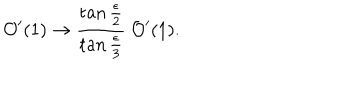
{ \cal O } ^ { \prime } ( 1 ) \to \frac { \tan \frac { \epsilon } { 2 } } { \tan \frac { \epsilon } { 3 } } ~ { \cal O } ^ { \prime } ( 1 ) .